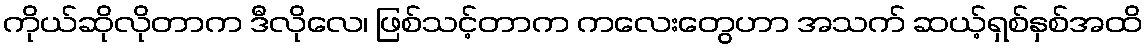
ကိုယ်ဆိုလိုတာက ဒီလိုလေ၊ ဖြစ်သင့်တာက ကလေးတွေဟာ အသက် ဆယ့်ရှစ်နှစ်အထိ